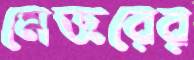
মেজরের